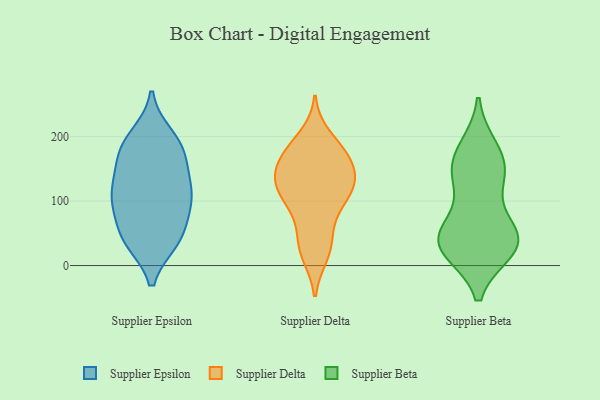
{"axis": {"x": "Revenue (USD Million)", "y": "Value"}, "legend": ["Supplier Beta", "Supplier Delta", "Supplier Epsilon"], "data": [{"x": "", "y": 104, "type": "Supplier Epsilon"}, {"x": "", "y": 96, "type": "Supplier Epsilon"}, {"x": "", "y": 91, "type": "Supplier Epsilon"}, {"x": "", "y": 200, "type": "Supplier Epsilon"}, {"x": "", "y": 42, "type": "Supplier Epsilon"}, {"x": "", "y": 40, "type": "Supplier Epsilon"}, {"x": "", "y": 159, "type": "Supplier Epsilon"}, {"x": "", "y": 184, "type": "Supplier Epsilon"}, {"x": "", "y": 132, "type": "Supplier Epsilon"}, {"x": "", "y": 188, "type": "Supplier Epsilon"}, {"x": "", "y": 116, "type": "Supplier Epsilon"}, {"x": "", "y": 112, "type": "Supplier Epsilon"}, {"x": "", "y": 171, "type": "Supplier Epsilon"}, {"x": "", "y": 39, "type": "Supplier Epsilon"}, {"x": "", "y": 48, "type": "Supplier Epsilon"}, {"x": "", "y": 122, "type": "Supplier Delta"}, {"x": "", "y": 17, "type": "Supplier Delta"}, {"x": "", "y": 94, "type": "Supplier Delta"}, {"x": "", "y": 127, "type": "Supplier Delta"}, {"x": "", "y": 25, "type": "Supplier Delta"}, {"x": "", "y": 30, "type": "Supplier Delta"}, {"x": "", "y": 144, "type": "Supplier Delta"}, {"x": "", "y": 171, "type": "Supplier Delta"}, {"x": "", "y": 86, "type": "Supplier Delta"}, {"x": "", "y": 122, "type": "Supplier Delta"}, {"x": "", "y": 181, "type": "Supplier Delta"}, {"x": "", "y": 55, "type": "Supplier Delta"}, {"x": "", "y": 170, "type": "Supplier Delta"}, {"x": "", "y": 199, "type": "Supplier Delta"}, {"x": "", "y": 127, "type": "Supplier Delta"}, {"x": "", "y": 110, "type": "Supplier Delta"}, {"x": "", "y": 159, "type": "Supplier Delta"}, {"x": "", "y": 130, "type": "Supplier Delta"}, {"x": "", "y": 173, "type": "Supplier Delta"}, {"x": "", "y": 44, "type": "Supplier Beta"}, {"x": "", "y": 181, "type": "Supplier Beta"}, {"x": "", "y": 32, "type": "Supplier Beta"}, {"x": "", "y": 131, "type": "Supplier Beta"}, {"x": "", "y": 151, "type": "Supplier Beta"}, {"x": "", "y": 136, "type": "Supplier Beta"}, {"x": "", "y": 49, "type": "Supplier Beta"}, {"x": "", "y": 25, "type": "Supplier Beta"}, {"x": "", "y": 169, "type": "Supplier Beta"}, {"x": "", "y": 38, "type": "Supplier Beta"}, {"x": "", "y": 28, "type": "Supplier Beta"}, {"x": "", "y": 50, "type": "Supplier Beta"}]}